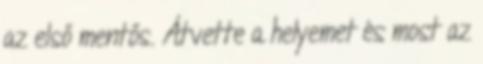
az első mentős. Átvette a helyemet és most az